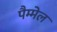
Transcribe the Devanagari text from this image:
पैम्मेल